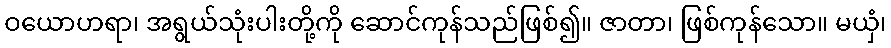
ဝယောဟရာ၊ အရွယ်သုံးပါးတို့ကို ဆောင်ကုန်သည်ဖြစ်၍။ ဇာတာ၊ ဖြစ်ကုန်သော။ မယှံ၊